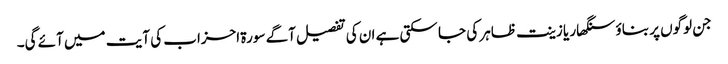
جن لوگوں پر بناؤ سنگھار یا زینت ظاہر کی جا سکتی ہے ان کی تفصیل آگے سورۃ احزاب کی آیت میں آئے گی۔